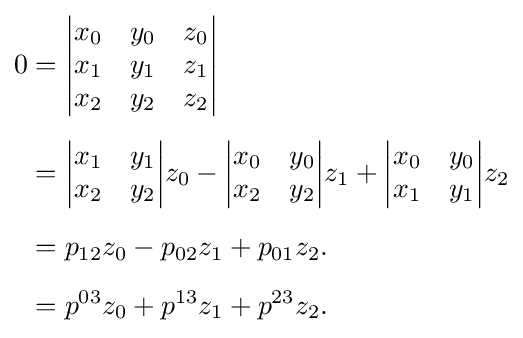
{\begin{aligned}0&={\begin{vmatrix}x_{0}&y_{0}&z_{0}\\x_{1}&y_{1}&z_{1}\\x_{2}&y_{2}&z_{2}\end{vmatrix}}\\[5pt]&={\begin{vmatrix}x_{1}&y_{1}\\x_{2}&y_{2}\end{vmatrix}}z_{0}-{\begin{vmatrix}x_{0}&y_{0}\\x_{2}&y_{2}\end{vmatrix}}z_{1}+{\begin{vmatrix}x_{0}&y_{0}\\x_{1}&y_{1}\end{vmatrix}}z_{2}\\[5pt]&=p_{12}z_{0}-p_{02}z_{1}+p_{01}z_{2}.\\[5pt]&=p^{03}z_{0}+p^{13}z_{1}+p^{23}z_{2}.\end{aligned}}